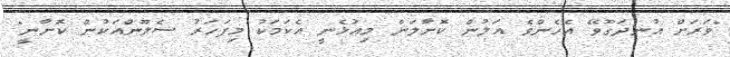
"ވަރަށް އުނދަގޫވޭ އެހެންވެ އަލުން ކޮށާލަން މިއުޅެނީ އެކަމަކު މިފަހަރު ސެލޫންއަކުން ކޮށާނީ"